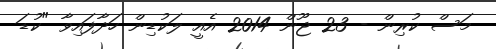
މަސް ކުރިން - 23 ޖޫން 2014 އެއީ ލަކުޑިން ހަދާފައިވާ "ކުޑަ